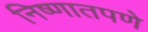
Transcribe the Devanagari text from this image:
निष्णातपणे